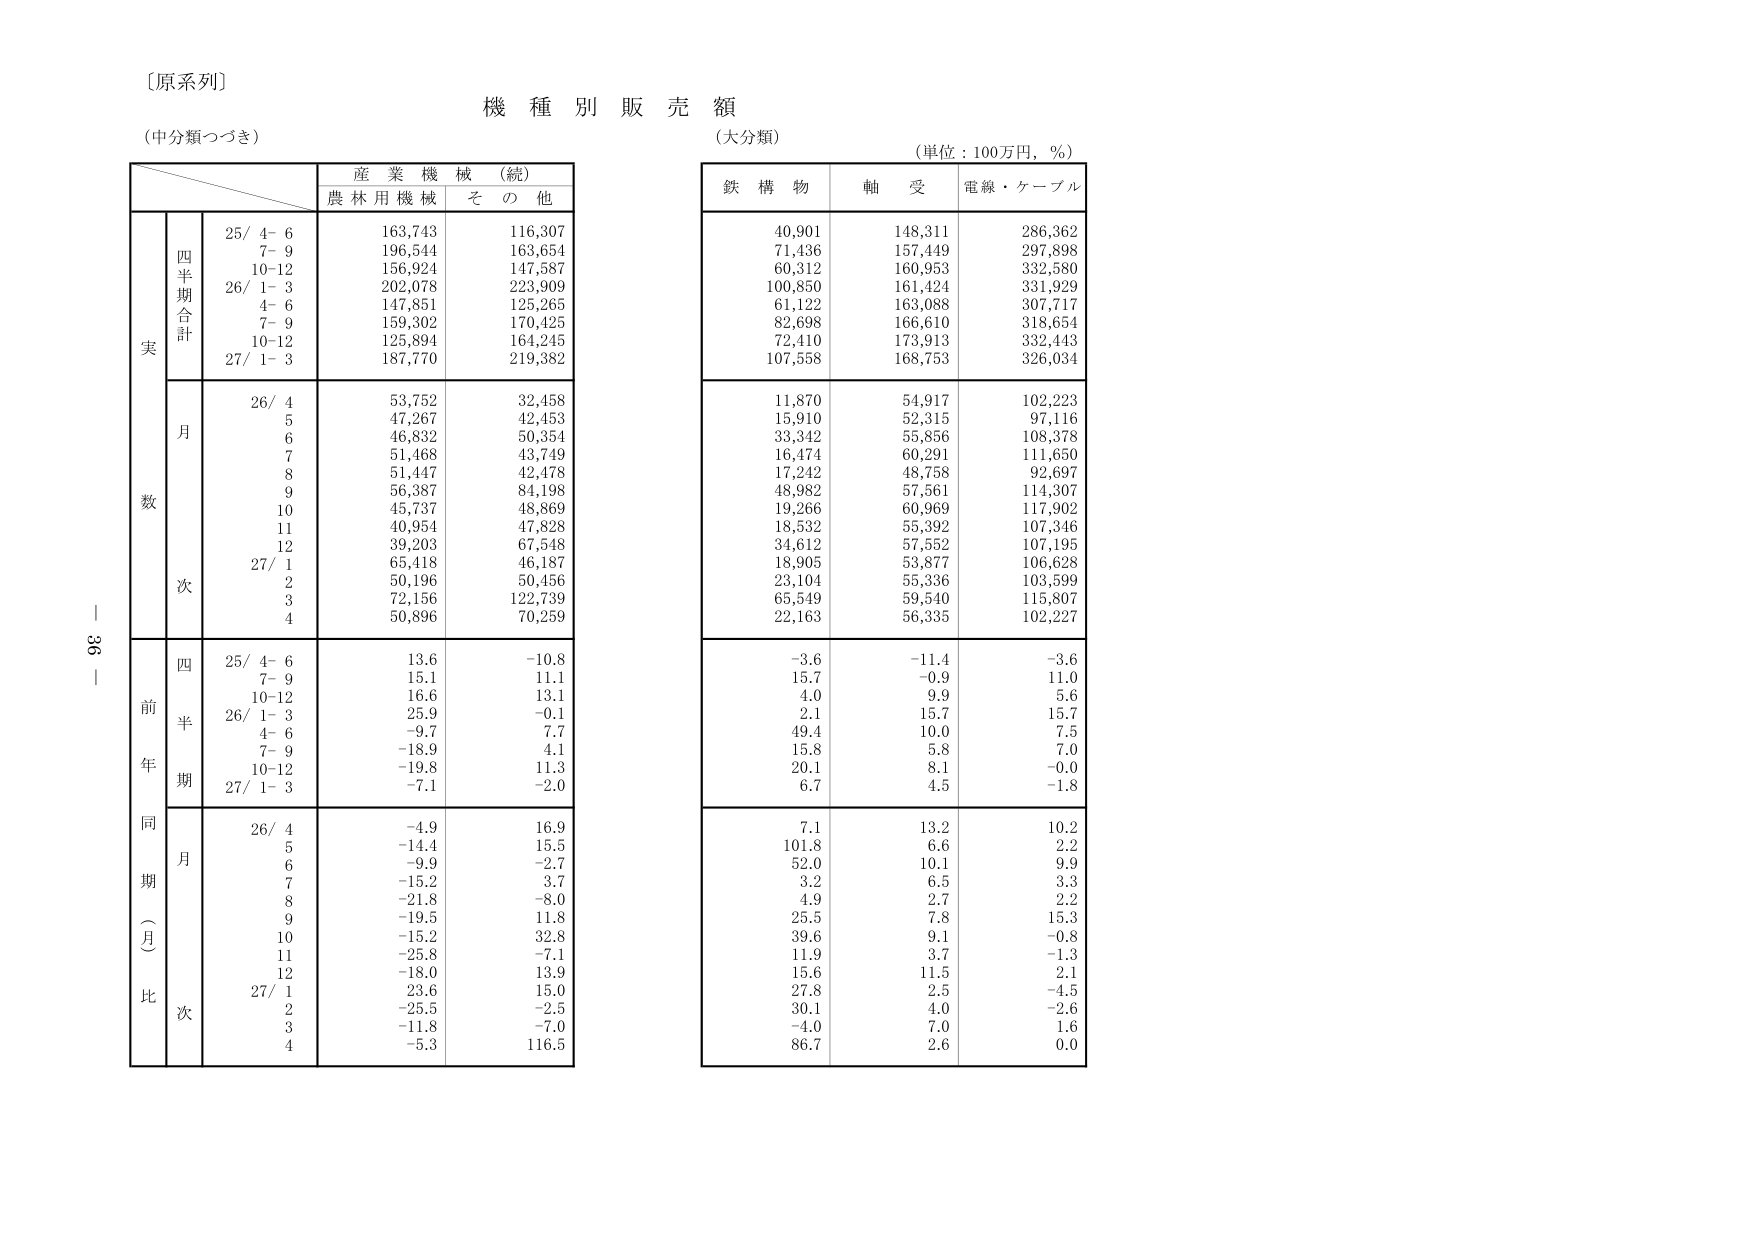
〔原系列〕
機種別販売額
（中分類つづき）
（大分類）
（単位：100万円，％）

産業機械（続）
農林用機械　その他

鉄構物　軸受　電線・ケーブル

実
四半期合計
25/ 4- 6　163,743　116,307
　7- 9　196,544　163,654
　10-12　156,924　147,587
26/ 1- 3　202,078　223,909
　4- 6　147,851　125,265
　7- 9　159,302　170,425
　10-12　125,894　164,245
27/ 1- 3　187,770　219,382

月
26/ 4　53,752　32,458
　5　47,267　42,453
　6　46,832　50,354
　7　51,468　43,749
　8　51,447　42,478
　9　56,387　84,198
　10　45,737　48,869
　11　40,954　47,828
　12　39,203　67,548
27/ 1　65,418　46,187
　2　50,196　50,456
　3　72,156　122,739
　4　50,896　70,259

前年同期（月比）
四半期
25/ 4- 6　13.6　-10.8
　7- 9　15.1　11.1
　10-12　16.6　13.1
26/ 1- 3　25.9　-0.1
　4- 6　-9.7　7.7
　7- 9　-18.9　4.1
　10-12　-19.8　11.3
27/ 1- 3　-7.1　-2.0

月
26/ 4　-4.9　16.9
　5　-14.4　15.5
　6　-9.9　-2.7
　7　-15.2　3.7
　8　-21.8　-8.0
　9　-19.5　11.8
　10　-15.2　32.8
　11　-25.8　-7.1
　12　-18.0　13.9
27/ 1　23.6　15.0
　2　-25.5　-2.5
　3　-11.8　-7.0
　4　-5.3　116.5

40,901　148,311　286,362
71,436　157,449　297,898
60,312　160,953　332,580
100,850　161,424　331,929
61,122　163,088　307,717
82,698　166,610　318,654
72,410　173,913　332,443
107,558　168,753　326,034

11,870　54,917　102,223
15,910　52,315　97,116
33,342　55,856　108,378
16,474　60,291　111,650
17,242　48,758　92,697
48,982　57,561　114,307
19,266　60,969　117,902
18,532　55,392　107,346
34,612　57,552　107,195
18,905　53,877　106,628
23,104　55,336　103,599
65,549　59,540　115,807
22,163　56,335　102,227

-3.6　-11.4　-3.6
15.7　-0.9　11.0
4.0　9.9　5.6
2.1　15.7　15.7
49.4　10.0　7.5
15.8　5.8　7.0
20.1　8.1　-0.0
6.7　4.5　-1.8

7.1　13.2　10.2
101.8　6.6　2.2
52.0　10.1　9.9
3.2　6.5　3.3
4.9　2.7　2.2
25.5　7.8　15.3
39.6　9.1　-0.8
11.9　3.7　-1.3
15.6　11.5　2.1
27.8　2.5　-4.5
30.1　4.0　-2.6
-4.0　7.0　1.6
86.7　2.6　0.0

36